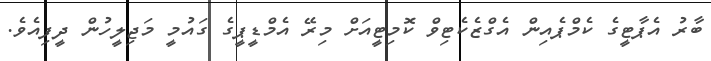
ބާރު އެޕާޓީގެ ކެމްޕެއިން އެގްޒެކެޓިވް ކޮމިޓީއަށް މިރޭ އެމްޑީޕީގެ ގައުމީ މަޖިލީހުން ދީފިއެވެ.